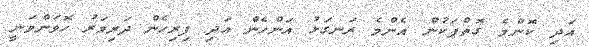
އަދި ކޮންމެ ގޮތްޕަކުން އެންމެ ރަނގަޅު އަންހެން އަދި ފިރިހެން ދަރިވަރު ހޮވަންވަނީ